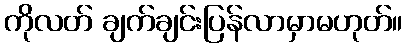
ကိုလတ် ချက်ချင်းပြန်လာမှာမဟုတ်။